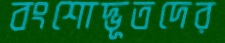
বংশোদ্ভূতদের